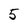
Character: 5